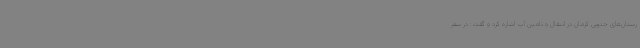
رستان‌های جنوبی کرمان در انتقال و تامین آب اشاره کرد و گفت: در سفر